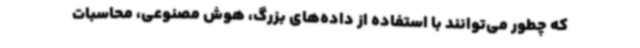
که چطور می‌توانند با استفاده از داده‌های بزرگ، هوش مصنوعی، محاسبات